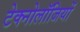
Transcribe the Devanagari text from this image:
टेक्नोलॉजियों